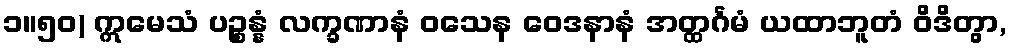
၁။၅၀) ဣမေသံ ပဉ္စန္နံ လက္ခဏာနံ ဝသေန ဝေဒနာနံ အတ္ထင်္ဂမံ ယထာဘူတံ ဝိဒိတွာ,